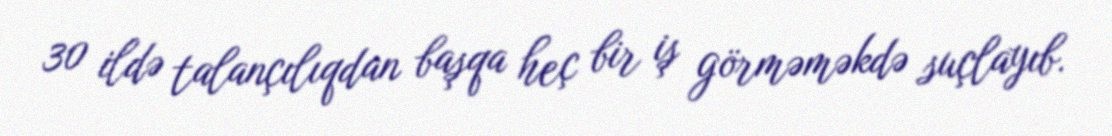
30 ildə talançılıqdan başqa heç bir iş görməməkdə suçlayıb.